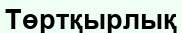
Төртқырлық